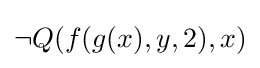
\neg Q(f(g(x),y,2),x)